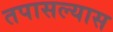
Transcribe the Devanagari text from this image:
तपासल्यास